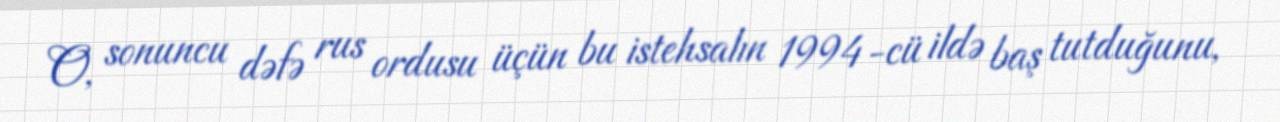
O, sonuncu dəfə rus ordusu üçün bu istehsalın 1994-cü ildə baş tutduğunu,